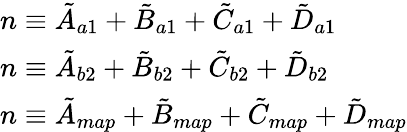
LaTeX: \begin{array}{l}{n\equiv\tilde{A}_{a1}+\tilde{B}_{a1}+\tilde{C}_{a1}+\tilde{D}_{a1}}\\ {n\equiv\tilde{A}_{b2}+\tilde{B}_{b2}+\tilde{C}_{b2}+\tilde{D}_{b2}}\\ {n\equiv\tilde{A}_{map}+\tilde{B}_{map}+\tilde{C}_{map}+\tilde{D}_{map}}\end{array}